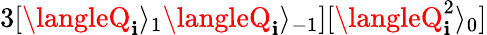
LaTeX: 3[\langleQ_{\mathbf{i}}\rangle_{1}\langleQ_{\mathbf{i}}\rangle_{-1}][\langleQ_{\mathbf{i}}^{2}\rangle_{0}]